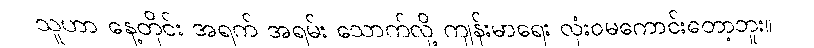
သူဟာ နေ့တိုင်း အရက် အရမ်း သောက်လို့ ကျန်းမာရေး လုံးဝမကောင်းတော့ဘူး။